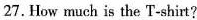
27. How much is the T-shirt?